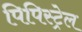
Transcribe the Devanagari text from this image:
पिपिस्ट्रेल